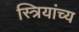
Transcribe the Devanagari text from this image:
स्त्रियांच्य